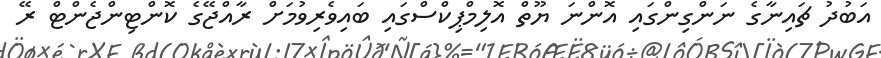
އަބުދު ޗައިނާގެ ނަންގިންގައި އޮންނަ ޔޫތް އޮލިމްޕިކްސްގައި ބައިވެރިވުމަށް ރާއްޖޭގެ ކޮންޓިންޖެންޓް ރޭ